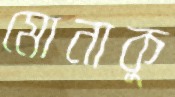
মোনাকু